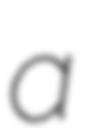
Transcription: a